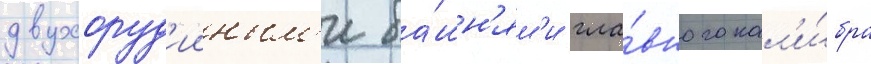
двухоруд'ииным'и ба́шн'ям'и гла́вного кал'и́бра